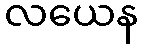
လယေန